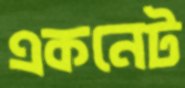
একনেট